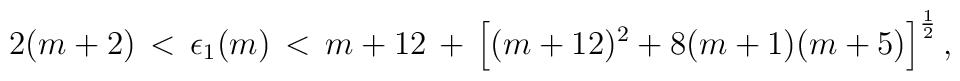
2(m+2)\,<\,\epsilon_1(m)\,<\,m+12\,+\,\left[(m+12)\sp2+8(m+1)(m+5)\right]\sp{1\over2},